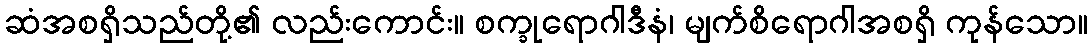
ဆံအစရှိသည်တို့၏ လည်းကောင်း။ စက္ခုရောဂါဒီနံ၊ မျက်စိရောဂါအစရှိ ကုန်သော။